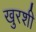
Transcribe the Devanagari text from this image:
खुरशी